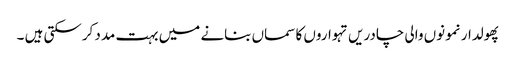
پھولدار نمونوں والی چادریں تہواروں کا سماں بنانے میں بہت مدد کرسکتی ہیں ۔